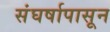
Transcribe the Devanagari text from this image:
संघर्षापासून